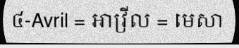
៤-Avril = អាវ្រីល = មេសា